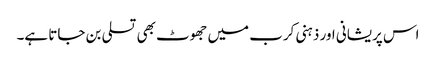
اس پریشانی اور ذہنی کرب میں جھوٹ بھی تسلی بن جاتا ہے۔